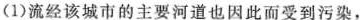
(1)流经该城市的主要河道也因此而受到污染，